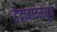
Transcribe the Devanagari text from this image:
हैद्राबादमधून